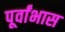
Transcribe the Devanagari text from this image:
पूर्वांभास